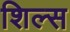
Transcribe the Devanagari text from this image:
शिल्स